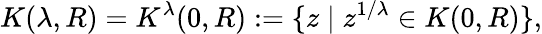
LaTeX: K(\lambda,R)=K^{\lambda}(0,R):=\{ z\mid z^{1/\lambda}\in K(0,R)\} ,